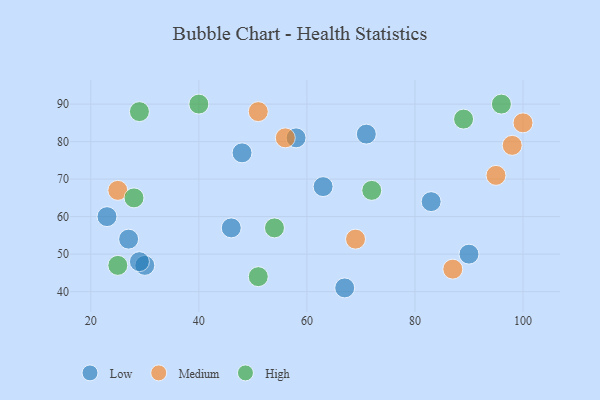
{"axis": {"x": "GDP", "y": "Life Expectancy"}, "legend": ["High", "Low", "Medium"], "data": [{"x": "30", "y": 47, "type": "Low"}, {"x": "29", "y": 48, "type": "Low"}, {"x": "63", "y": 68, "type": "Low"}, {"x": "90", "y": 50, "type": "Low"}, {"x": "58", "y": 81, "type": "Low"}, {"x": "27", "y": 54, "type": "Low"}, {"x": "67", "y": 41, "type": "Low"}, {"x": "23", "y": 60, "type": "Low"}, {"x": "71", "y": 82, "type": "Low"}, {"x": "48", "y": 77, "type": "Low"}, {"x": "46", "y": 57, "type": "Low"}, {"x": "83", "y": 64, "type": "Low"}, {"x": "100", "y": 85, "type": "Medium"}, {"x": "25", "y": 67, "type": "Medium"}, {"x": "69", "y": 54, "type": "Medium"}, {"x": "56", "y": 81, "type": "Medium"}, {"x": "51", "y": 88, "type": "Medium"}, {"x": "95", "y": 71, "type": "Medium"}, {"x": "87", "y": 46, "type": "Medium"}, {"x": "98", "y": 79, "type": "Medium"}, {"x": "28", "y": 65, "type": "High"}, {"x": "72", "y": 67, "type": "High"}, {"x": "54", "y": 57, "type": "High"}, {"x": "96", "y": 90, "type": "High"}, {"x": "29", "y": 88, "type": "High"}, {"x": "40", "y": 90, "type": "High"}, {"x": "89", "y": 86, "type": "High"}, {"x": "25", "y": 47, "type": "High"}, {"x": "51", "y": 44, "type": "High"}]}